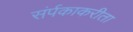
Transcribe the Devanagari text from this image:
संर्पकाकरीता